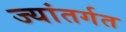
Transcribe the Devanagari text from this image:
ज्यांतर्गत